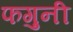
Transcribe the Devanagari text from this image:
फगुनी